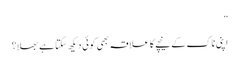
”
اپنی ناک کے نیچے کا علاقہ بھی کوئی دیکھ سکتا ہے بھلا؟